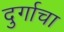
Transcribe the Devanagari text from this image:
दुर्गाचा